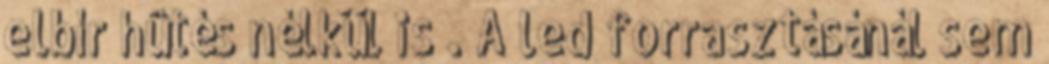
elbír hûtés nélkül is . A led forrasztásánál sem